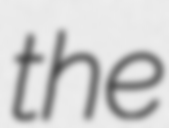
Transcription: the